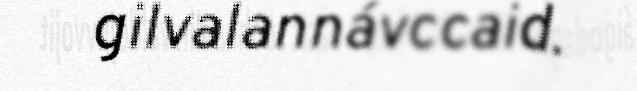
gilvalannávccaid.